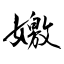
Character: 嬓